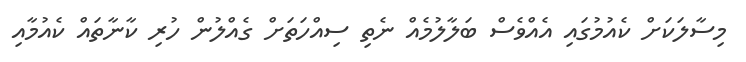
މިސާލަކަށް ކެއުމުގައި އެއްވެސް ބަލާލުމެއް ނެތި ސިއްހަތަށް ގެއްލުން ހުރި ކާނާތައް ކެއުމާއި